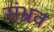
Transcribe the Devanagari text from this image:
संभ्रव